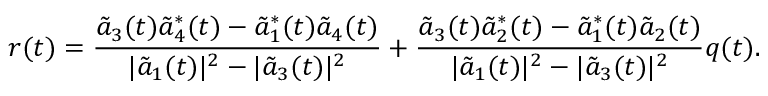
r ( t ) = \frac { \tilde { a } _ { 3 } ( t ) \tilde { a } _ { 4 } ^ { * } ( t ) - \tilde { a } _ { 1 } ^ { * } ( t ) \tilde { a } _ { 4 } ( t ) } { | \tilde { a } _ { 1 } ( t ) | ^ { 2 } - | \tilde { a } _ { 3 } ( t ) | ^ { 2 } } + \frac { \tilde { a } _ { 3 } ( t ) \tilde { a } _ { 2 } ^ { * } ( t ) - \tilde { a } _ { 1 } ^ { * } ( t ) \tilde { a } _ { 2 } ( t ) } { | \tilde { a } _ { 1 } ( t ) | ^ { 2 } - | \tilde { a } _ { 3 } ( t ) | ^ { 2 } } q ( t ) .